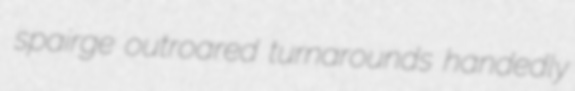
spairge outroared turnarounds handedly